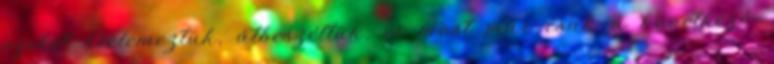
ezeket kielemeztük, átbeszéltük, és most már csak a következő